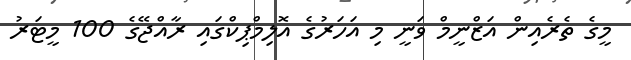
މީގެ ތެރެއިން އަޒްނީމް ވަނީ މި އަހަރުގެ އޮލިމްޕިކްގައި ރާއްޖޭގެ 100 މީޓަރު